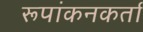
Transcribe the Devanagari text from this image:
रूपांकनकर्ता